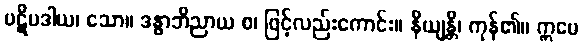
ပဋိပဒါယ၊ သော။ ဒန္ဓာဘိညာယ စ၊ ဖြင့်လည်းကောင်း။ နိယျန္တိ၊ ကုန်၏။ ဣမေ